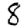
Digit: 8